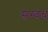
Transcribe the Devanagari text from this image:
सम्वध